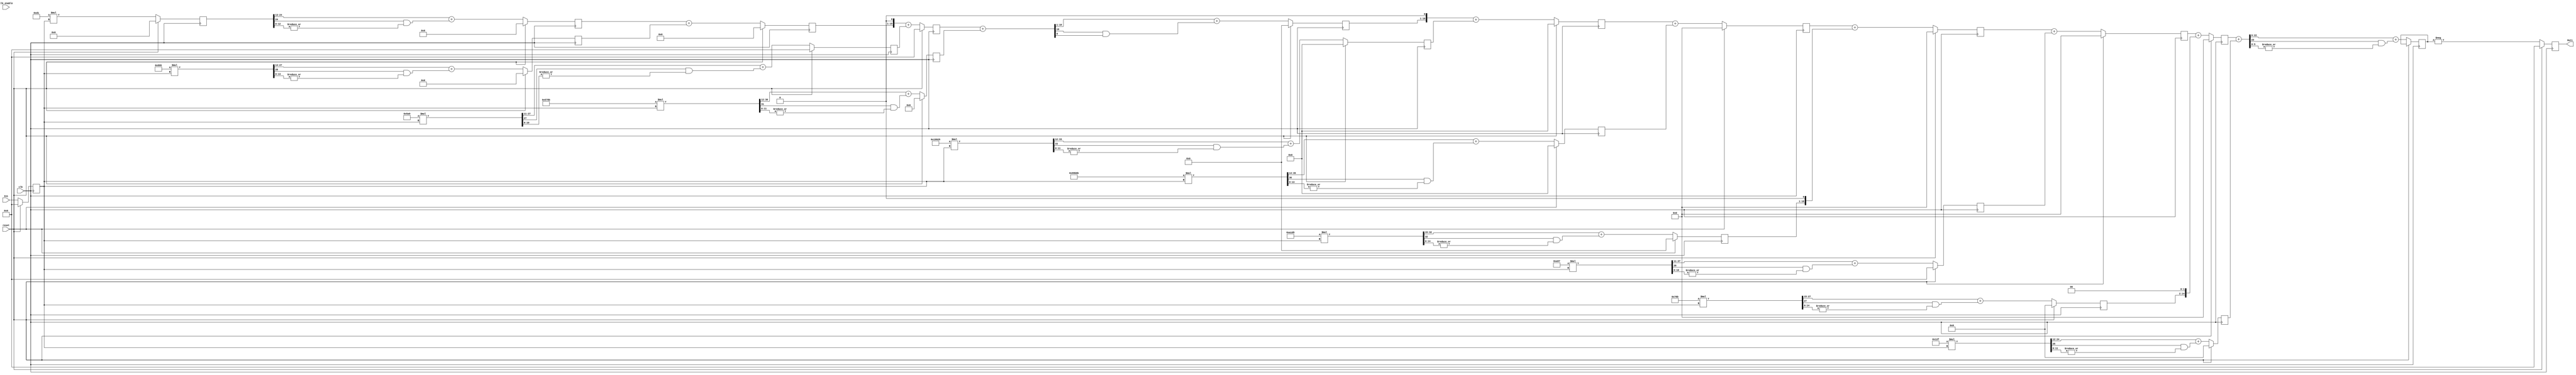
module Subsystem
          (clk,
           reset,
           clk_enable,
           In1,
           Out1
         );
  input   clk;
  input   reset;
  input   clk_enable;
  input   signed [16:0] In1;  // sfix17_En16
  output reg signed [16:0] Out1;  // sfix17_En16

reg   signed [16:0] In11; 

  wire enb;
  wire signed [8:0] Constant1_out1=9'b011010001 ;
  wire signed [11:0] Constant2_out1=12'sb100010010101;
  wire signed [11:0] Constant3_out1= 11'b010110101001;
  wire signed [14:0] Constant4_out1=  15'sb101011110001011;
  wire signed [17:0] Constant5_out1= 17'b011001100100100101;
  wire signed [19:0] Constant6_out1=20'sb10011001101101101011;
  wire signed [16:0] Constant7_out1=16'b01010000111010101;
  wire signed [11:0] Constant8_out1=12'sb101001010111;
  wire signed [11:0] Constant9_out1 = 11'b11101101011;
  wire signed [8:0] Constant10_out1=9'sb100101111;
  
  reg signed [16:0] In1_1;  // sfix17_En16
   
  reg signed [24:0] Product1_out1_1;  // sfix25_En34
  wire signed [28:0] Product2_out1_1;  // sfix29_En35
  wire signed [27:0] Product3_out1_1;  // sfix28_En33
  wire signed [31:0] Product4_out1_1;  // sfix32_En34
  wire signed [33:0] Product5_out1_1;  // sfix34_En34
  wire signed [36:0] Product6_out1_1;  // sfix37_En36
  wire signed [32:0] Product7_out1_1;  // sfix33_En36
  wire signed [28:0] Product8_out1_1;  // sfix29_En33
  wire signed [27:0] Product9_out1_1;  // sfix28_En35
  wire signed [25:0] Product10_out1_1;  // sfix26_En34 
  
  reg signed [11:0] Product1_out1_2;  // sfix12_En21
  reg signed [13:0] Product2_out1_2;  // sfix14_En21
  reg signed [16:0] Product3_out1_2;  // sfix17_En22
  reg signed [18:0] Product4_out1_2;  // sfix19_En22
  reg signed [21:0] Product5_out1_2;  // sfix22_En22
  reg signed [21:0] Product6_out1_2;  // sfix22_En22
  reg signed [17:0] Product7_out1_2;  // sfix18_En21
  reg signed [16:0] Product8_out1_2;  // sfix17_En22
  reg signed [12:0] Product9_out1_2;  // sfix13_En20  
  reg signed [12:0] Product10_out1_2;  // sfix13_En22 
  
  
  
   reg signed [11:0] Product1_out1_22;  // sfix12_En21
  reg signed [13:0] Product2_out1_22;  // sfix14_En21
  reg signed [16:0] Product3_out1_22;  // sfix17_En22
  reg signed [18:0] Product4_out1_22;  // sfix19_En22
  reg signed [21:0] Product5_out1_22;  // sfix22_En22
  reg signed [21:0] Product6_out1_22;  // sfix22_En22
  reg signed [17:0] Product7_out1_22;  // sfix18_En21
  reg signed [16:0] Product8_out1_22;  // sfix17_En22
  reg signed [12:0] Product9_out1_22;  // sfix13_En20  
  reg signed [12:0] Product10_out1_22;  // sfix13_En22 
  
  wire signed [17:0] Sum3_add_cast;  // sfix18_En22
  wire signed [22:0] Sum5_add_cast;  // sfix23_En22
  
  wire signed [23:0] Sum7_add_cast_1;  // sfix24_En22
  wire signed [23:0] Sum9_add_cast_1;  // sfix24_En22
  
  reg signed [14:0] Sum2_out1;  // sfix15_En21
  reg signed [16:0] Sum3_out1;  // sfix17_En22
  reg signed [17:0] Sum4_out1;  // sfix18_En21
  reg signed [21:0] Sum5_out1;  // sfix22_En22
  reg signed [22:0] Sum6_out1;  // sfix23_En22
  reg signed [22:0] Sum7_out1;  // sfix23_En22
  reg signed [22:0] Sum8_out1;  // sfix23_En22
  reg signed [22:0] Sum9_out1;  // sfix23_En22
  reg signed [23:0] Sum10_out1; 
  reg signed [16:0] Sum10_out2; 
  reg signed [16:0] Sum10_out3; 

  wire signed [19:0] Sum4_add_temp;  // sfix20_En22
 
  assign enb = 1;
   
  assign Product2_out1_1 = Constant2_out1 * In11;// Product2_out1;
  assign Product3_out1_1 = Constant3_out1 * In11;//Product3_out1;
  assign Product4_out1_1 = Constant4_out1 * In11;//Product4_out1;
  assign Product5_out1_1 = Constant5_out1 * In11;//Product5_out1;
  assign Product6_out1_1 = Constant6_out1 * In11;//Product6_out1;
  assign Product7_out1_1 = Constant7_out1 *In11;// Product7_out1;
  assign Product8_out1_1 = Constant8_out1 * In11;//; Product8_out1;
  assign Product9_out1_1 = Constant9_out1 * In11;//;Product9_out1;
  assign Product10_out1_1 = Constant10_out1 * In11;// Product10_out1;

  assign Sum3_add_cast = {{2{Sum2_out1[14]}}, {Sum2_out1, 1'b0}};
  assign Sum4_add_temp = Sum3_out1 + Product4_out1_2;
  assign Sum5_add_cast = {{4{Sum4_out1[17]}}, {Sum4_out1, 1'b0}};
  assign Sum7_add_cast_1 = {{5{Product7_out1_2[17]}}, {Product7_out1_2, 1'b0}};
  assign Sum9_add_cast_1 = {{9{Product9_out1_2[12]}}, {Product9_out1_2, 2'b00}};
  

always @(posedge clk)
begin
if (reset == 1'b1) begin
      In11<=0;
        Product1_out1_2 <= 0;
        Sum2_out1 <= 0;
        Sum3_out1 <= 0;
        Sum4_out1 <= 0;
        Sum5_out1 <= 0;
        Sum6_out1 <= 0;
        Sum7_out1 <= 0;
        Sum8_out1 <= 0;
        Sum9_out1 <= 0;
        Out1  <= 0;
end
else
  begin
        In11<=In1;
        Product1_out1_2 <= Product1_out1_1[24:13]+ $signed({1'b0, Product1_out1_1[24] & (|Product1_out1_1[12:0])});
        Sum2_out1 <= Product1_out1_2 + Product2_out1_2;
        Sum3_out1 <= Sum3_add_cast+ Product3_out1_2;
        Sum4_out1 <= Sum4_add_temp[18:1] + $signed({1'b0, Sum4_add_temp[19] & Sum4_add_temp[0]});
        Sum5_out1 <= Sum5_add_cast + Product5_out1_2;
        Sum6_out1 <= Sum5_out1 + Product6_out1_2; 
        Sum7_out1 <= Sum6_out1 + Sum7_add_cast_1;
        Sum8_out1 <= Sum7_out1 + Product8_out1_2;
        Sum9_out1 <=  Sum8_out1 + Sum9_add_cast_1;
        Sum10_out1 = Sum9_out1 + Product10_out1_2;
        Sum10_out2=(Sum10_out1[22:6] + $signed({1'b0, Sum10_out1[23] & (|Sum10_out1[5:0])}));
        Sum10_out3<=Sum10_out2;
        Out1  <= -Sum10_out3;
  end
end
always @(posedge clk)
    begin 
    if (reset == 1'b1) begin
   Product1_out1_1 <=0;
   Product2_out1_2 <=0;
   Product3_out1_2 <= 0;
   Product4_out1_2 <= 0;
   Product5_out1_2 <= 0;
   Product6_out1_2 <= 0;
   Product7_out1_2 <= 0;
   Product8_out1_2 <= 0;
   Product9_out1_2 <= 0;
  Product10_out1_2 <=0;
    end
     else
begin
   Product1_out1_1 <= Constant1_out1 * In11;//; Product1_out1;
   Product2_out1_2 <= Product2_out1_1[27:14] + $signed({1'b0, Product2_out1_1[28] & (|Product2_out1_1[13:0])});
   Product3_out1_2 <= Product3_out1_1[27:11] + $signed({1'b0, Product3_out1_1[27] & (|Product3_out1_1[10:0])});
   Product4_out1_2 <= Product4_out1_1[30:12]+ $signed({1'b0, Product4_out1_1[31] & (|Product4_out1_1[11:0])});
   Product5_out1_2 <= Product5_out1_1[33:12] + $signed({1'b0, Product5_out1_1[33] & (|Product5_out1_1[11:0])});
   Product6_out1_2 <= Product6_out1_1[35:14] + $signed({1'b0, Product6_out1_1[36] & (|Product6_out1_1[13:0])});
   Product7_out1_2 <= Product7_out1_1[32:15] + $signed({1'b0, Product7_out1_1[32] & (|Product7_out1_1[14:0])});
   Product8_out1_2 <= Product8_out1_1[27:11] + $signed({1'b0, Product8_out1_1[28] & (|Product8_out1_1[10:0])});
   Product9_out1_2 <= Product9_out1_1[27:15] + $signed({1'b0, Product9_out1_1[27] & (|Product9_out1_1[14:0])});
   Product10_out1_2 <= Product10_out1_1[24:12] + $signed({1'b0, Product10_out1_1[25] & (|Product10_out1_1[11:0])});
         
        
      end
    end

endmodule